Development of the parasite of Indian kala azar - Number 53
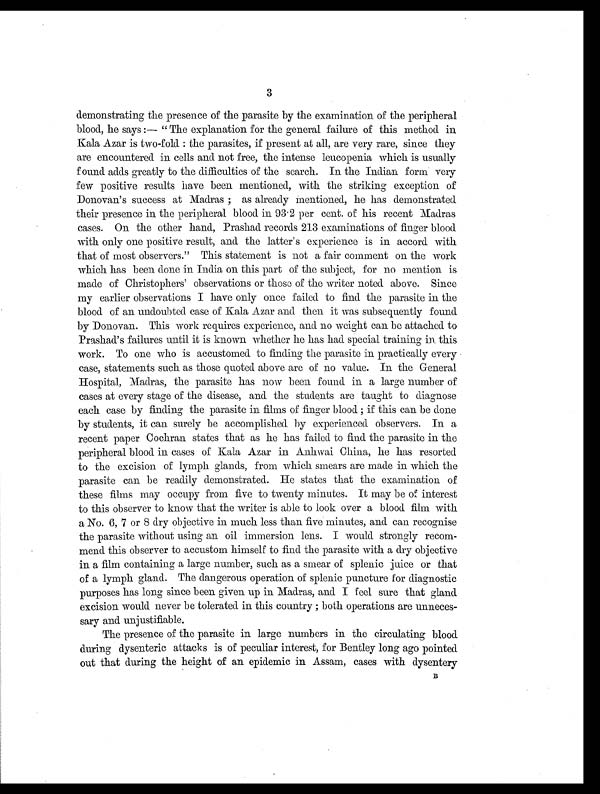
3
demonstrating the presence of the parasite by the examination of the peripheral
blood, he says :— " The explanation for the general failure of this method in
Kala Azar is two-fold : the parasites, if present at all, are very rare, since they
are encountered in cells and not free, the intense leucopenia which is usually
found adds greatly to the difficulties of the search. In the Indian form very
few positive results have been mentioned, with the striking exception of
Donovan's success at Madras ; as already mentioned, he has demonstrated.
their presence in the peripheral blood in 93 . 2 per cent. of his recent Madras
cases. On the other hand, Prashad records 213 examinations of finger blood
with only one positive result, and the latter's experience is in accord with
that of most observers." This statement is not a fair comment on the work
which has been done in India on this part of the subject, for no mention is
made of Christophers' observations or those of the writer noted above. Since
my earlier observations I have only once failed. to find the parasite in the
blood of an undoubted case of Kala Azar and then it was subsequently found.
by Donovan. This work requires experience, and no weight can be attached to
Prashad's failures until it is known whether he has had special training in this
work. To one who is accustomed to finding the parasite in practically every
case, statements such as those quoted above are of no value. In the General
Hospital, Madras, the parasite has now been found in a large number of
cases at every stage of the disease, and the students are taught to diagnose
each case by finding the parasite in films of finger blood ; if this can be done
by students, it can surely be accomplished by experienced observers. In a
recent paper Cochran states that as he has failed to find the parasite in the
peripheral blood in cases of Kala Azar in Anhwai China, he has resorted
to the excision of lymph glands, from which smears are made in which the
parasite can be readily demonstrated. He states that the examination of
these films may occupy from five to twenty minutes. It may be of interest
to this observer to know that the writer is able to look over a blood film with
a No. 6, 7 or 8 dry objective in much less than five minutes, and can recognise
the parasite without using an oil immersion lens. I would strongly recom-
mend this observer to accustom himself to find the parasite with a dry objective
in a film containing a large number, such as a smear of splenic juice or that
of a lymph gland. The dangerous operation of splenic puncture for diagnostic
purposes has long since been given up in Madras, and I feel sure that gland.
excision would never be tolerated in this country ; both operations are unneces-
sary and unjustifiable.
The presence of the parasite in large numbers in the circulating blood
during dysenteric attacks is of peculiar interest, for Bentley long ago pointed
out that during the height of an epidemic in Assam, cases with dysentery